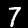
Digit: 7